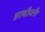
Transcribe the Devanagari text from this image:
हरचौधरी